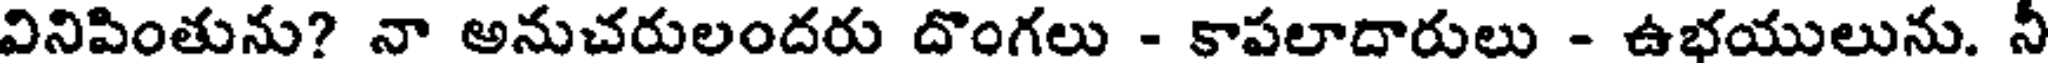
వినిపింతును? నా అనుచరులందరు దొంగలు - కాపలాదారులు - ఉభయులును. నీ